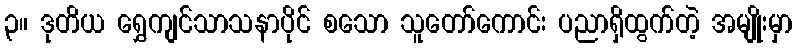
၃။ ဒုတိယ ရွှေကျင်သာသနာပိုင် စသော သူတော်ကောင်း ပညာရှိထွက်တဲ့ အမျိုးမှာ